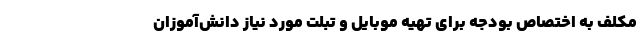
مکلف به اختصاص بودجه برای تهیه موبایل و تبلت مورد نیاز دانش‌آموزان